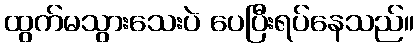
ထွက်မသွားသေးပဲ ပေပြီးရပ်နေသည်။